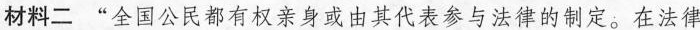
材料二 ”全国公民都有权亲身或由其代表参与法律的制定。在法律